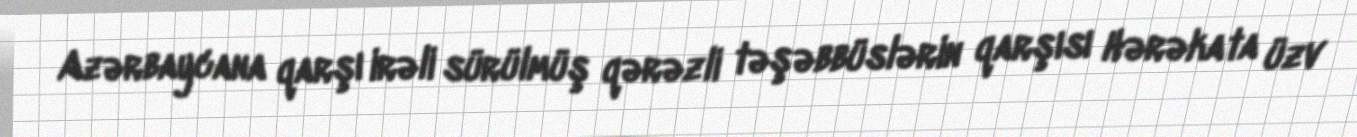
Azərbaycana qarşı irəli sürülmüş qərəzli təşəbbüslərin qarşısı Hərəkata üzv